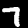
Digit: 7